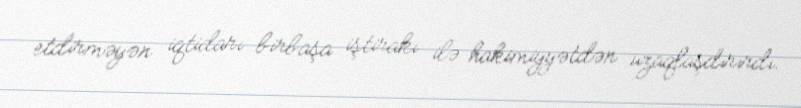
etdirməyən iqtidarı birbaşa iştirakı ilə hakimiyyətdən uzaqlaşdırırdı.